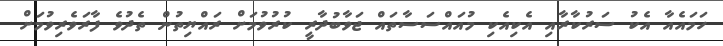
ހަމައެއާ އެކު ސަރުކާރާއި އެކިއެކި މުއައްސަސާތައް ޖަވާބުދާރީ ކުރުވުމަށް ރައްޔިތުން ތެދުވެ ފާރަވެރިވުމަށް